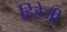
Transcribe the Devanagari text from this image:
हिडेजी